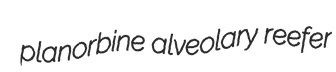
planorbine alveolary reefer